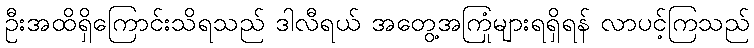
ဦးအထိရှိကြောင်းသိရသည် ဒါလီရယ် အတွေ့အကြုံများရရှိရန် လာပင့်ကြသည်